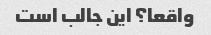
واقعا؟ این جالب است